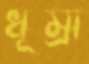
ধূম্রা